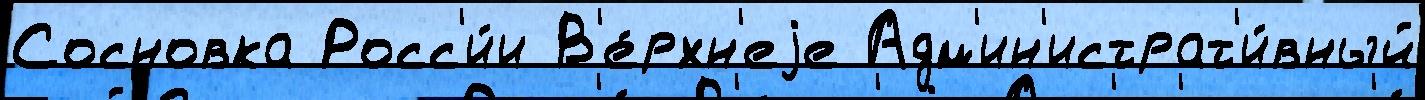
Сосновка Росс'и́и В'е́рхн'еjе Адм'ин'истрат'и́вный